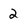
Character: 2